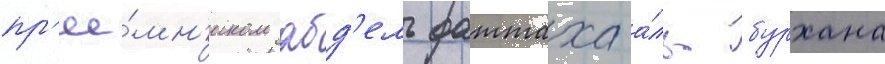
пр'ее́мн'иком абд'ель фаттаха а́ль-бурхана